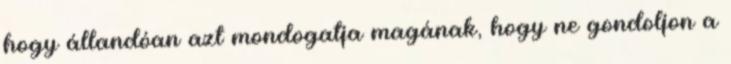
hogy állandóan azt mondogatja magának, hogy ne gondoljon a